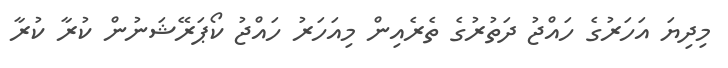
މިދިޔަ އަހަރުގެ ހައްޖު ދަތުރުގެ ތެރެއިން މިއަހަރު ހައްޖު ކޯޕަރޭޝަނުން ކުރާ ކުރާ